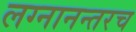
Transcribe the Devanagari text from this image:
लग्नानन्तरच